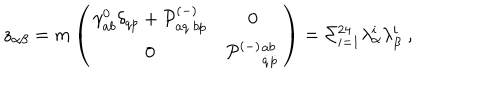
LaTeX: z _ { \alpha \beta } = m \left( \begin{matrix} { { \gamma _ { a b } ^ { 0 } \delta _ { q p } + { \cal P } _ { a q ~ b p } ^ { ( - ) } } } & { { 0 } } \\ { { 0 } } & { { { \cal P } ^ { ( - ) } { } _ { \dot { q } \dot { p } } ^ { a b } } } \\ \end{matrix} \right) = \Sigma _ { i = 1 } ^ { 2 4 } \lambda _ { \alpha } ^ { i } \lambda _ { \beta } ^ { i } \; ,